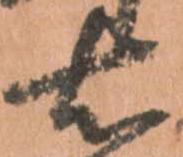
右